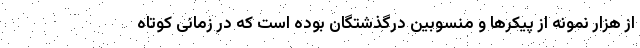
از هزار نمونه از پیکرها و منسوبین درگذشتگان بوده است که در زمانی کوتاه